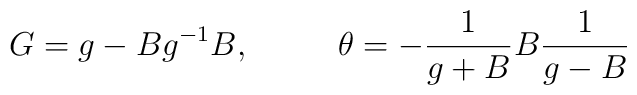
G=g-Bg^{-1}B,\,~~~~~~~ \, \theta =-\frac{1}{g+B}B\frac{1}{g-B}